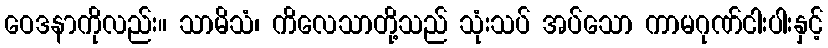
ဝေဒနာကိုလည်း။ သာမိသံ၊ ကိလေသာတို့သည် သုံးသပ် အပ်သော ကာမဂုဏ်ငါးပါးနှင့်